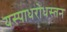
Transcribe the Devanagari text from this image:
यस्पाधरोधस्तन